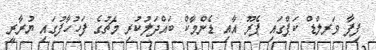
ފިފާ ވަރލްޑް ކަޕްގައި ޕެރޫ އާއި ޑެންމާކް ބައްދަލުކުރި މެޗުގެ ފަހުހާފުގައި ޔުރާރީ